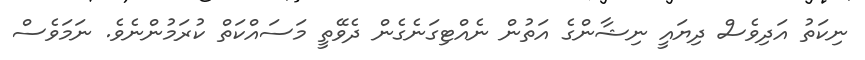
ނިކަތު އަދިވެސް ދިޔައީ ނިޝާންގެ އަތުން ނެއްޓިގަނެގެން ދެވޭތީ މަސައްކަތް ކުރަމުންނެވެ. ނަމަވެސް